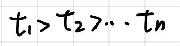
\[ t_1 > t_2 > \cdots t_n \]